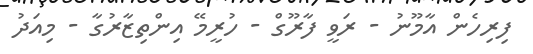
ފިރިހެން އާމޫނު - ރަވީ ފާރޫގް - ހުރީމޭ އިންތިޒާރުގާ - މިއަދު